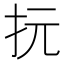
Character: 抏